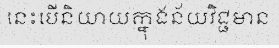
នេះបើនិយាយក្នុងន័យវិជ្ជមាន